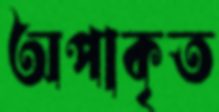
অপাকৃত